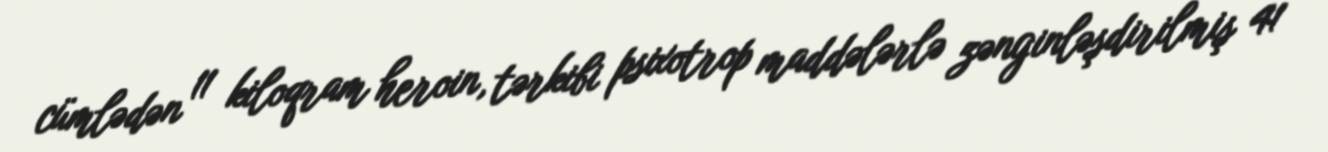
cümlədən 11 kiloqram heroin, tərkibi psixotrop maddələrlə zənginləşdirilmiş 41